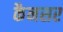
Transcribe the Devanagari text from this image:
कैनसर